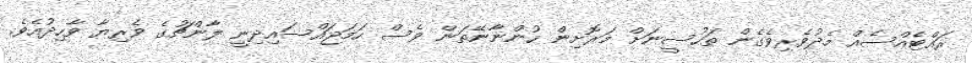
ރައްޓެއްސެއް މެދުވެރިވެގެން ތަހުސީނަށް މަރޮށިން ހުންނާނޭތަން ވެސް ހަމަޖައްސައިދިނީ ލާންޗުގެ ވެރިޔާ ވާހިދުއެވެ.